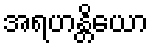
အရဟန္တိယော